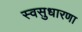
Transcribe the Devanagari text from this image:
स्वसुधारणा